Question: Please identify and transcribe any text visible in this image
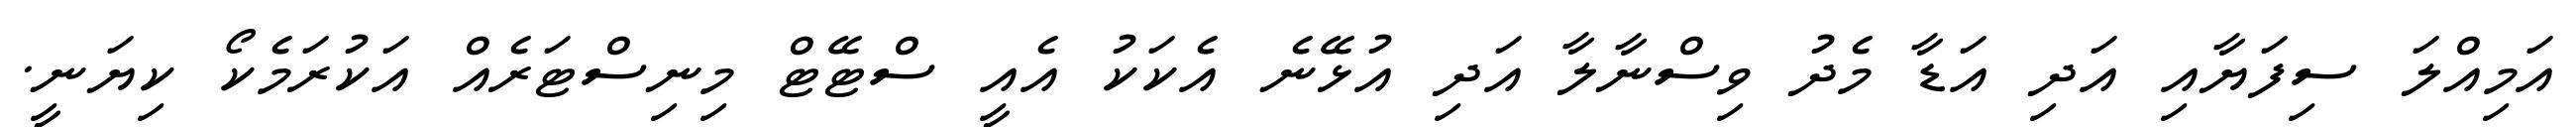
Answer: އަމިއްލަ ސިފަޔާއި އަދި އަޑާ މެދު ވިސްނާލާ އަދި އުޅޭނެ އެކަކު އެއީ ސްޓޭޓް މިނިސްޓަރެއް އަކުރަމެކޯ ކިޔަނީ.